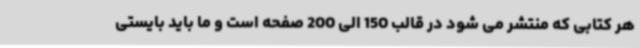
هر کتابی که منتشر می شود در قالب 150 الی 200 صفحه است و ما باید بایستی